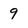
Character: 9